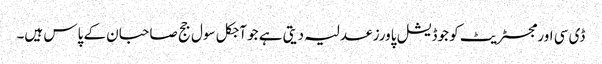
ڈی سی اور مجسٹریٹ کو جوڈیشل پاورز عدلیہ دیتی ہے جو آجکل سول جج صاحبان کے پاس ہیں۔